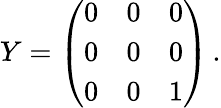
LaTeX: Y=\left(\begin{array}{ccc}{{0}}&{{0}}&{{0}}\\ {{0}}&{{0}}&{{0}}\\ {{0}}&{{0}}&{{1}}\end{array}\right)\, .